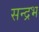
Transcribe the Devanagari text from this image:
सन्द्रभ